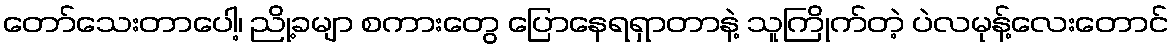
တော်သေးတာပေါ့၊ ညို့ခမျာ စကားတွေ ပြောနေရရှာတာနဲ့ သူကြိုက်တဲ့ ပဲလမုန့်လေးတောင်